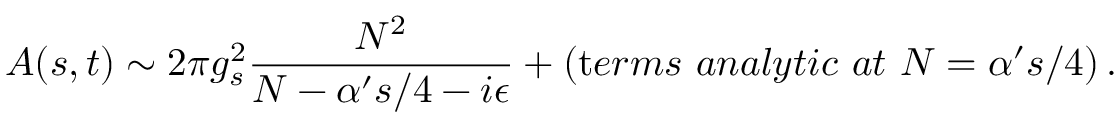
A ( s , t ) \sim 2 \pi g _ { s } ^ { 2 } { \frac { N ^ { 2 } } { N - \alpha ^ { \prime } s / 4 - i \epsilon } } + ( { \mathrm t e r m s ~ a n a l y t i c ~ a t } ~ N = \alpha ^ { \prime } s / 4 ) \, .